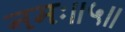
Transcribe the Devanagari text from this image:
नमः॥५॥